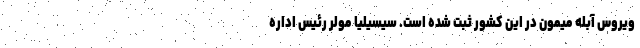
ویروس آبله میمون در این کشور ثبت شده است. سیسیلیا مولر رئیس اداره